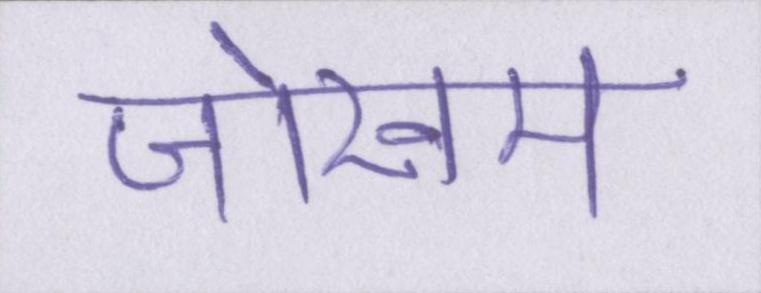
जोखम